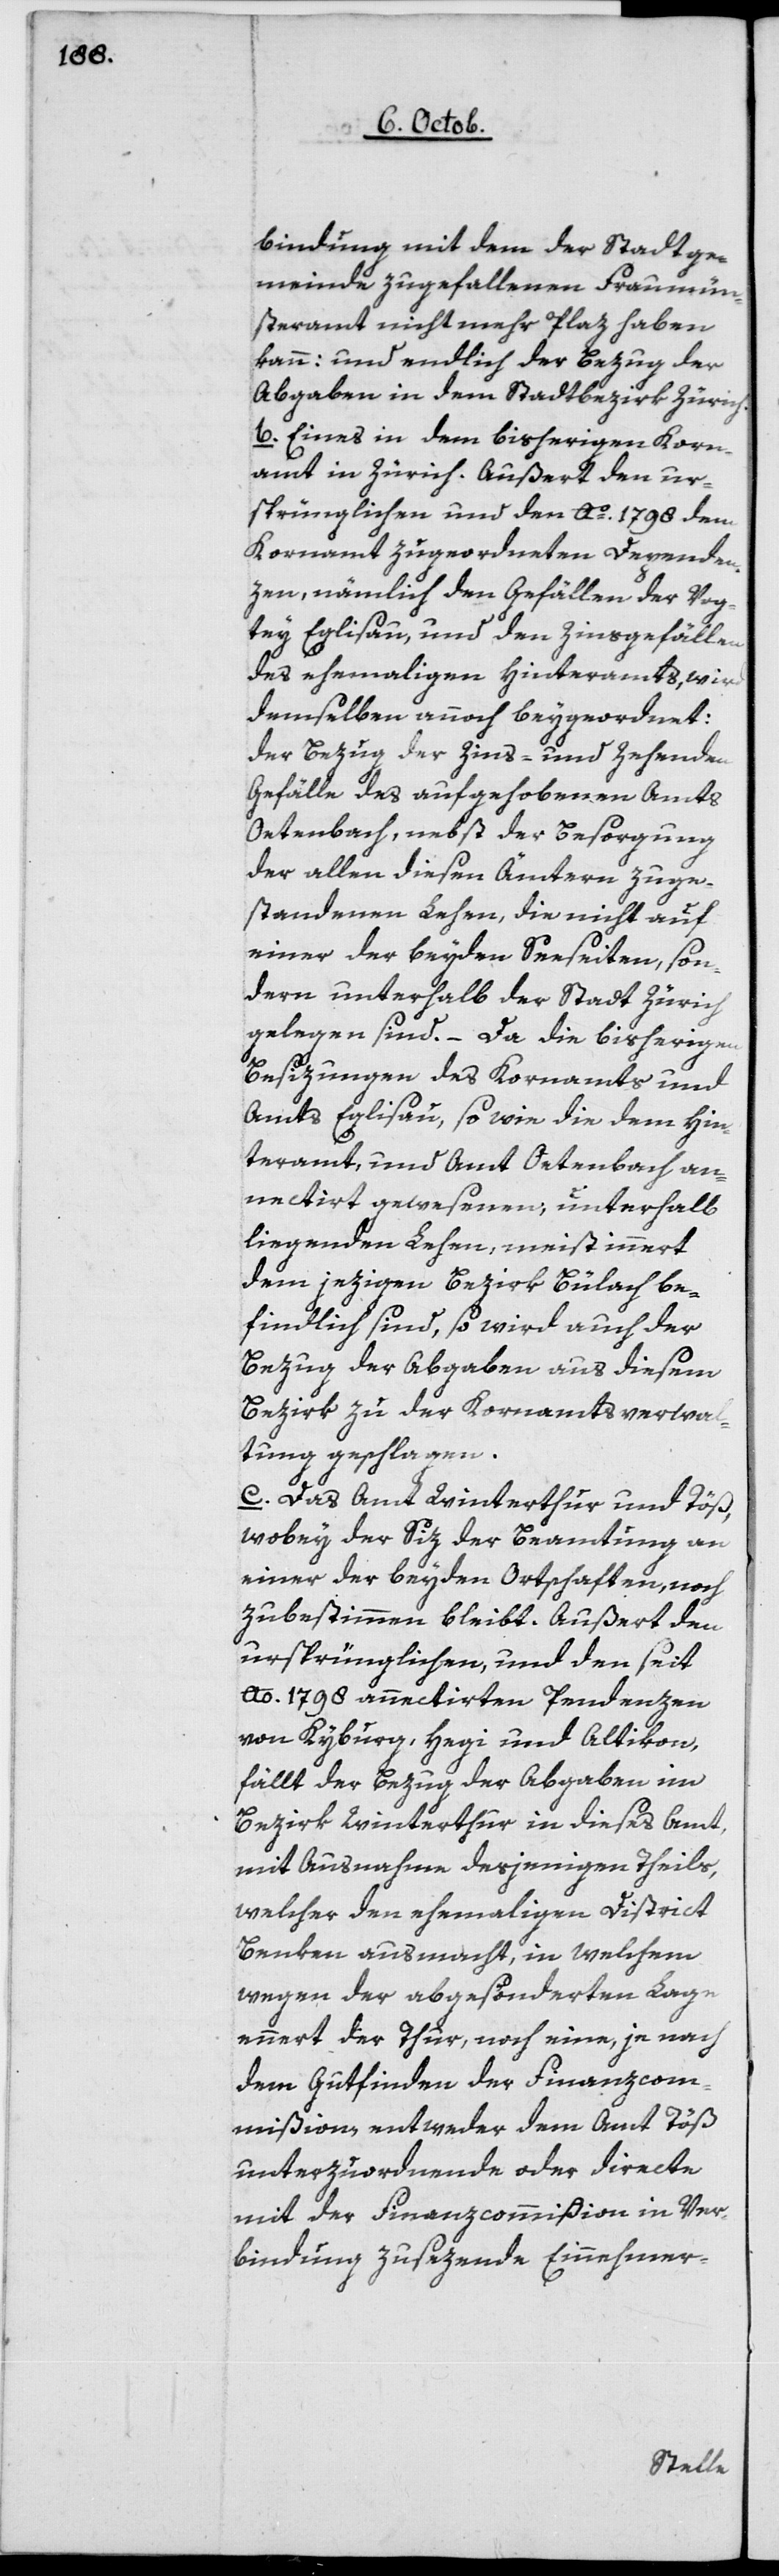
bindung mit dem der Stadtge¬
meinde zugefallenen Fraumün¬
steramt nicht mehr Plaz haben
kann; und endlich der Bezug der
Abgaben in dem Stadtbezirk Zürich.
b. Eines in dem bisherigen Korn¬
amt in Zürich. Außert den ur¬
sprünglichen und den Ao 1798 dem
Kornamt zugeordneten Dependen¬
zen, nämlich den Gefällen der Vog¬
tey Eglisau, und den Zinsgefällen
des ehemaligen Hinteramts, wird
demselben annoch beygeordnet;
der Bezug der Zins- und Zehenden
Gefälle des aufgehobenen Amts
der allen diesen Ämtern zuge¬
standenen Lehen, die nicht auf
einer der beyden Seeseiten, son¬
dern unterhalb der Stadt Zürich
gelegen sind. – Da die bisherigen
Besizungen des Kornamts und
Amts Eglisau, sowie die dem Hin¬
teramt, und Amt Oetenbach an¬
nectirt gewesenen, unterhalb
liegenden Lehen, meist innert
dem jezigen Bezirk Bülach be¬
findlich sind, so wird auch der
Bezug der Abgaben aus diesem
Bezirk zu der Kornamtsverwal¬
tung geschlagen.
c. Das Amt Winterthur und Töß,
wobey der Siz der Beamtung an
einer der beyden Ortschaften, noch
zu bestimmen bleibt. Außert den
ursprünglichen und den seit
Ao 1798 annectirten Pendenzen
von Kyburg, Hegi und Altikon,
fällt der Bezug der Abgaben in
Bezirk Winterthur in dieses Amt,
mit Ausnahme desjenigen Theils,
welcher den ehemaligen District
Benken ausmacht, in welchem
wegen der abgesonderten Lage
ennert der Thur, noch eine, je nach
dem Gutfinden der Finanzcom¬
mißion entweder dem Amt Töß
unterzuordnende oder directe
mit der Finanzcommißion in Ver¬
bindung zusezende Einnehmer-